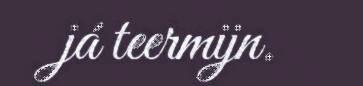
já teermijn.